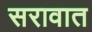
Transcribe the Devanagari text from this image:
सरावात